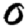
Digit: 0